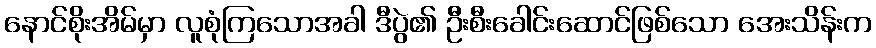
နောင်စိုးအိမ်မှာ လူစုံကြသောအခါ ဒီပွဲ၏ ဦးစီးခေါင်းဆောင်ဖြစ်သော အေးသိန်းက